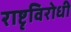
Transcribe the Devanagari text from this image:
राष्टृविरोधी